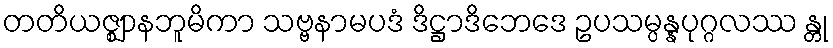
တတိယဇ္ဈာနဘူမိကာ သဗ္ဗနာမပဒံ ဒိဋ္ဌာဒိဘေဒေ ဥပသမ္ပန္နပုဂ္ဂလဿ န္တု